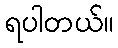
ရပါတယ်။